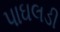
પાઘલડી